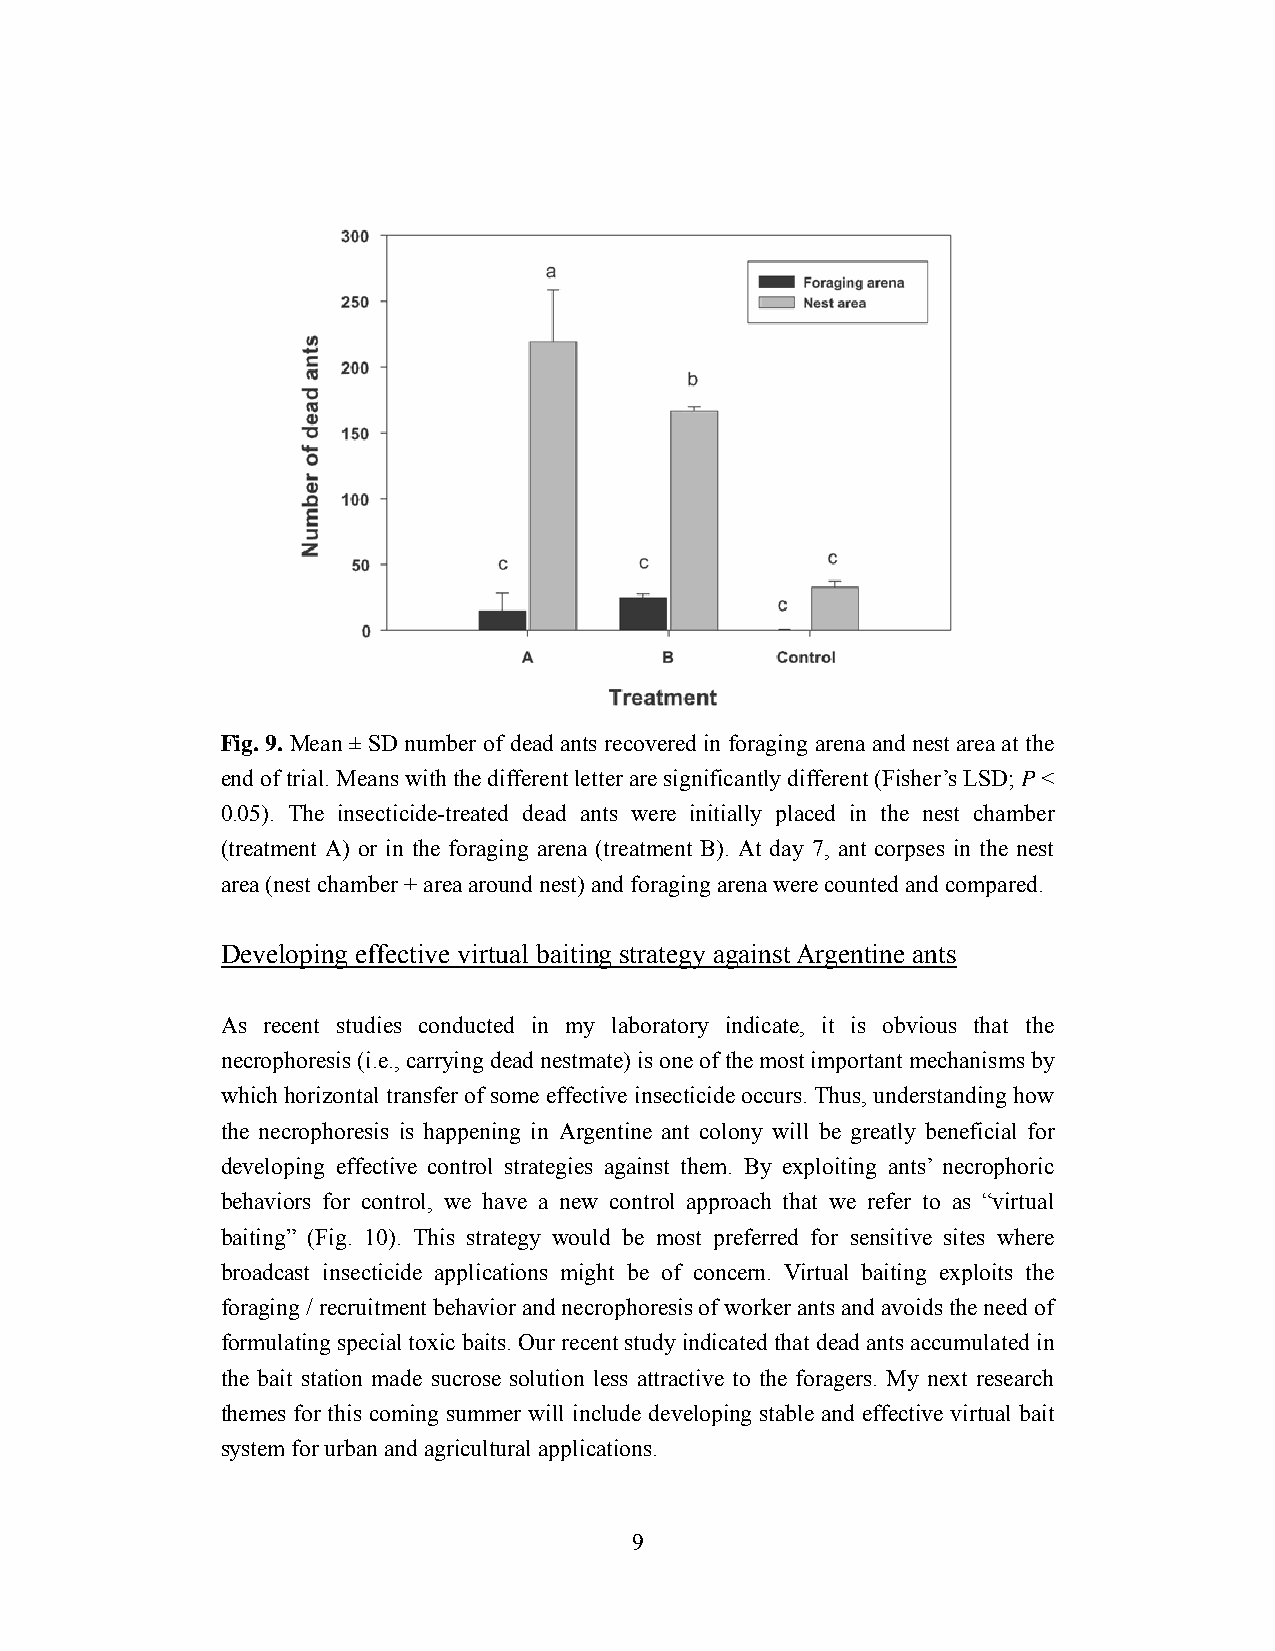
Fig. 9. Mean ± SD number of dead ants recovered in foraging arena and nest area at the
 end of trial. Means with the different letter are significantly different (Fisher’s LSD; P <
 0.05). The insecticide-treated dead ants were initially placed in the nest chamber
 (treatment A) or in the foraging arena (treatment B). At day 7, ant corpses in the nest
 area (nest chamber + area around nest) and foraging arena were counted and compared.
 Developing effective virtual baiting strategy against Argentine ants
 As recent studies conducted in my laboratory indicate, it is obvious that the
 necrophoresis (i.e., carrying dead nestmate) is one of the most important mechanisms by
 which horizontal transfer of some effective insecticide occurs. Thus, understanding how
 the necrophoresis is happening in Argentine ant colony will be greatly beneficial for
 developing effective control strategies against them. By exploiting ants’ necrophoric
 behaviors for control, we have a new control approach that we refer to as “virtual
 baiting” (Fig. 10). This strategy would be most preferred for sensitive sites where
 broadcast insecticide applications might be of concern. Virtual baiting exploits the
 foraging / recruitment behavior and necrophoresis of worker ants and avoids the need of
 formulating special toxic baits. Our recent study indicated that dead ants accumulated in
 the bait station made sucrose solution less attractive to the foragers. My next research
 themes for this coming summer will include developing stable and effective virtual bait
 system for urban and agricultural applications.
 9